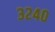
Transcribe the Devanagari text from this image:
३२४०